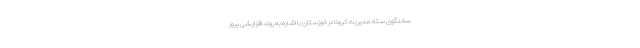
سخنگوی ستاد مدیریت کرونا در خوزستان با اشاره به روند افزایشی بروز